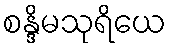
စန္ဒိမသုရိယေ